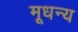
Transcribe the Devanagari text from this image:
मूधन्य